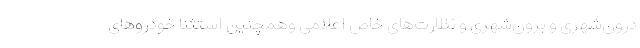
درون‌شهری و برون‌شهری و نظارت‌های خاص اعلامی وهمچنین استثنا خودروهای